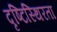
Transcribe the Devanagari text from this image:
दृष्टिस्थिरता